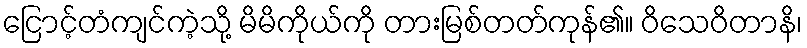
ငြောင့်တံကျင်ကဲ့သို့ မိမိကိုယ်ကို တားမြစ်တတ်ကုန်၏။ ဝိသေဝိတာနိ၊